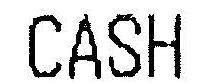
CASH